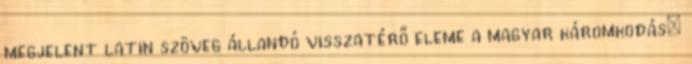
megjelent latin szöveg állandó visszatérő eleme a magyar káromkodás: